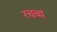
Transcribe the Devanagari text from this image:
रचबा